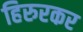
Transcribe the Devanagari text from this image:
हिरुरकर